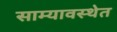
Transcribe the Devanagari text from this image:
साम्यावस्थेत